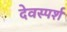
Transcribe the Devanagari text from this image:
देवस्पर्श